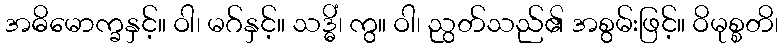
အဓိမောက္ခနှင့်။ ဝါ၊ မဂ်နှင့်။ သဒ္ဓိံ၊ ကွ။ ဝါ၊ ညွတ်သည်၏ အစွမ်းဖြင့်။ ဝိမုစ္စတိ၊